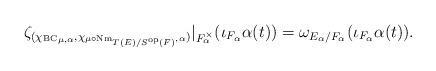
LaTeX: \begin{align*}\zeta_{({\chi_{\mathrm{BC}}}_{\mu,\alpha},\chi_{\mu\circ\mathrm{Nm}_{T(E)/S^{\mathrm{op}}(F)},\alpha})}|_{F_{\alpha}^{\times}}(\iota_{F_\alpha}\alpha(t))=\omega_{E_{\alpha}/F_{\alpha}}(\iota_{F_\alpha}\alpha (t)).\end{align*}